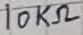
Text: 10KΩ